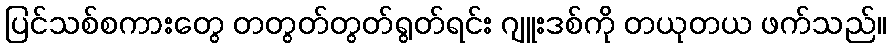
ပြင်သစ်စကားတွေ တတွတ်တွတ်ရွတ်ရင်း ဂျူးဒစ်ကို တယုတယ ဖက်သည်။